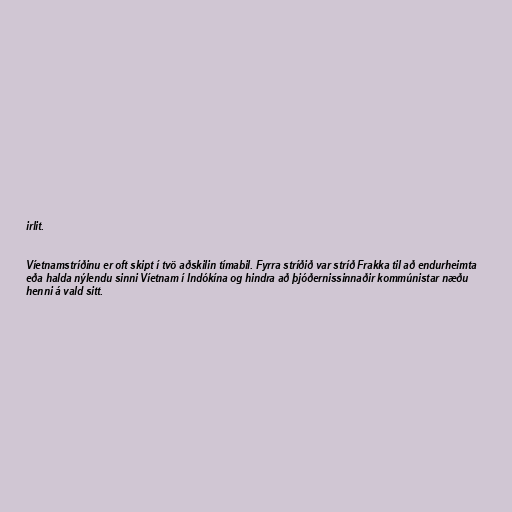
irlit.

Víetnamstríðinu er oft skipt í tvö aðskilin tímabil. Fyrra stríðið var stríð Frakka til að endurheimta
eða halda nýlendu sinni Víetnam í Indókína og hindra að þjóðernissinnaðir kommúnistar næðu
henni á vald sitt.